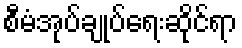
စီမံအုပ်ချုပ်ရေးဆိုင်ရာ